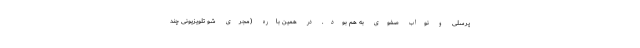
پرسلی و نواب صفوی به هم بود. در همین باره (مجری شو تلویزیونیِ چند